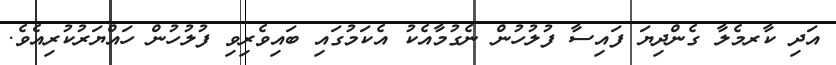
އަދި ކާރމެލާ ގެންދިޔަ ފައިސާ ފުލުހުން ނެގުމާއެކު އެކަމުގައި ބައިވެރިވި ފުލުހުން ހައްޔަރުކުރިއެވެ.